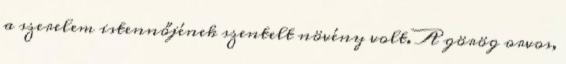
a szerelem istennőjének szentelt növény volt. A görög orvos,